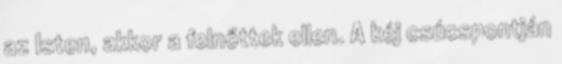
az Isten, akkor a felnőttek ellen. A kéj csúcspontján